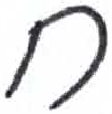
אות: ח